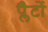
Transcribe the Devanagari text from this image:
प्लैटों